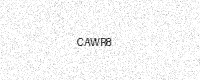
Text: CAWR8